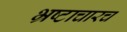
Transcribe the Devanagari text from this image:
भ्रष्टाचारच